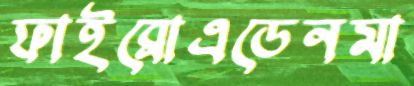
ফাইব্রোএডেনমা